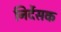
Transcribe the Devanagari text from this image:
निर्देसक